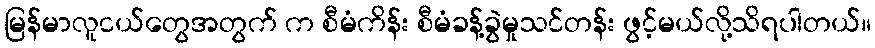
မြန်မာလူငယ်တွေအတွက် က စီမံကိန်း စီမံခန့်ခွဲမှုသင်တန်း ဖွင့်မယ်လို့သိရပါတယ်။